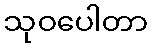
သုဝပေါတာ